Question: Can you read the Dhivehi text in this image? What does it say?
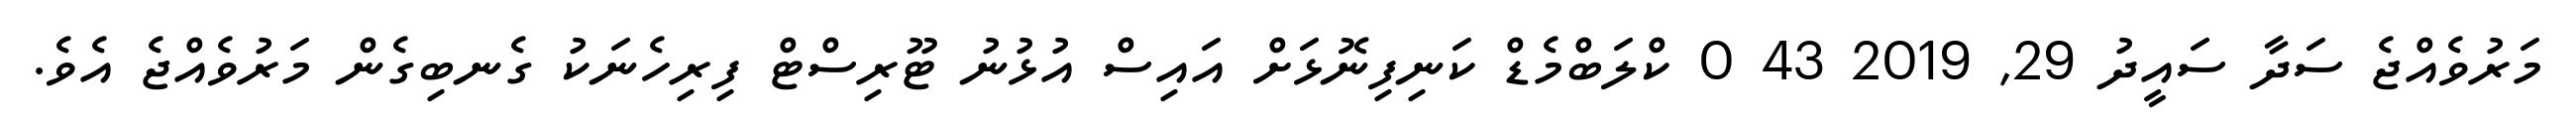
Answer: މަރުވެއްޖެ ސަދާ ސައީދު 29, 2019 43 0 ކްލަބްމެޑް ކަނިފިނޮޅަށް އައިސް އުޅުނު ޓޫރިސްޓް ފިރިހެނަކު ގެނބިގެން މަރުވެއްޖެ އެވެ.